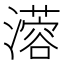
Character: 𤁇